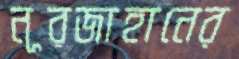
নূরজাহানের